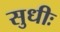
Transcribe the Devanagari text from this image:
सुधीः